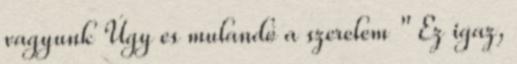
vagyunk Úgy es mulandó a szerelem " Ez igaz,